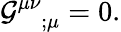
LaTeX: {\cal G}_{\; \; \; ;\mu}^{\mu\nu}=0.